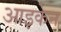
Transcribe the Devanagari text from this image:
आइकेन